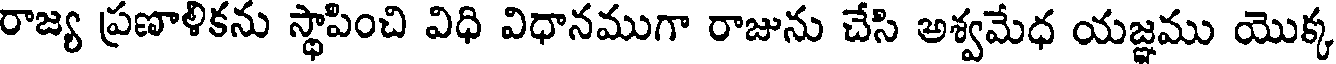
రాజ్య ప్రణాళికను స్థాపించి విధి విధానముగా రాజును చేసి అశ్వమేధ యజ్ఞము యొక్క